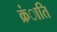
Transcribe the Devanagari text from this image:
क्रंाति